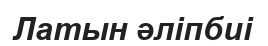
Латын әліпбиі